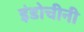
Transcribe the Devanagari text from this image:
इंडोचीनी